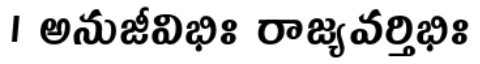
। అనుజీవిభిః రాజ్యవర్తిభిః